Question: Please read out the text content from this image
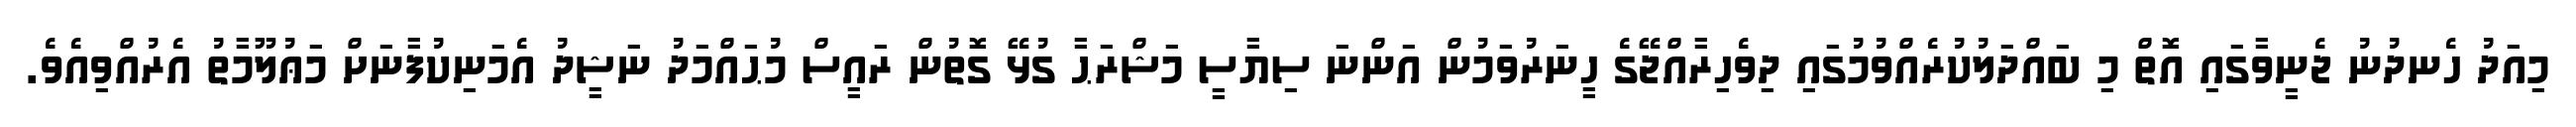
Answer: މިއަދު ހެނދުނު ޖެނީވާގައި އޮތް މި ބައްދަލުކުރެއްވުމުގައި ދިވެހިރާއްޖޭގެ ހީނަރުވަމުން އަންނަ ސިޔާސީ މަޝްރަޙާ ގުޅޭ ގޮތުން ރައީސް މުޙައްމަދު ނަޝީދު އެމަނިކުފާނަށް މަޢުލޫމާތު އެރުއްވިއެވެ.